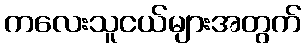
ကလေးသူငယ်များအတွက်